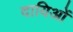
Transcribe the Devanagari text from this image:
दायिओं